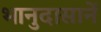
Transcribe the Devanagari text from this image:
भानुदासानें